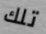
تلك